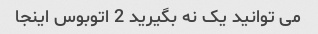
می توانید یک نه بگیرید 2 اتوبوس اینجا